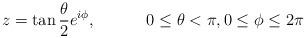
LaTeX: \begin{align*}z= \tan\frac{\theta}{2}e^{i\phi}, \hspace{ .5 in} 0 \leq \theta <\pi ,0 \leq \phi \leq 2\pi\end{align*}